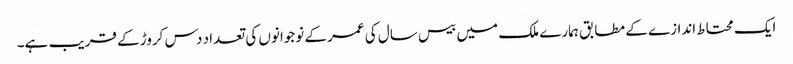
ایک محتاط اندازے کے مطابق ہمارے ملک میں بیس سال کی عمر کے نوجوانوں کی تعداد دس کروڑ کے قریب ہے۔